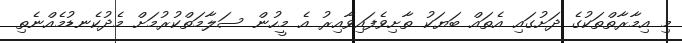
މި އިމާރާތްތަކުގެ ދަށުގައި އެތައް ބަޔަކު ތާށިވެފައިވާއިރު އެ މީހުން ސަލާމަތްކުރުމަށް މެދުކެނޑުމެއްނެތި